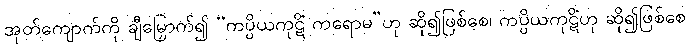
အုတ်ကျောက်ကို ချီမြှောက်၍ “ကပ္ပိယကုဋိံ ကရောမ”ဟု ဆို၍ဖြစ်စေ၊ ကပ္ပိယကုဋိံဟု ဆို၍ဖြစ်စေ